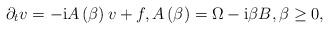
LaTeX: \begin{align*}\partial_{t}v=-\mathrm{i}A\left( \beta\right) v+f,A\left(\beta\right) =\Omega-\mathrm{i}\beta B,\beta\geq0, \end{align*}